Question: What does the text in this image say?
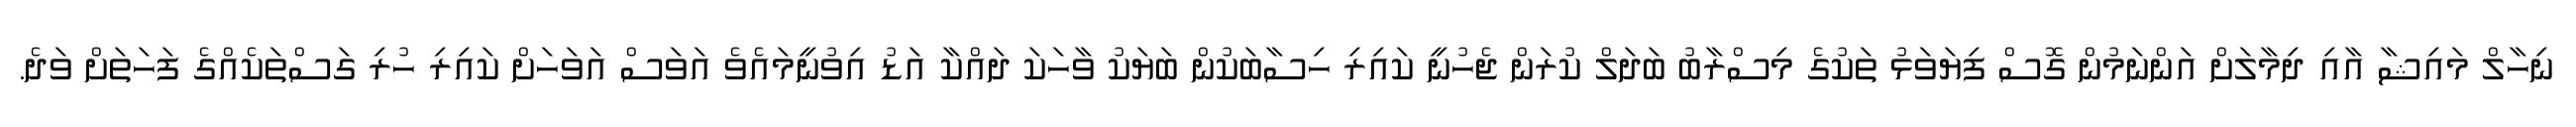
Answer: ނިހާލް މައިޝާ އާއި ދިމާލަށް އަންނަމުން ގޮސް ފިޔަވަޅު ތަކުގެ މިސްރާބު ބަދަލް ކުރަން ޖެހުނީ ކައިރި ހިސާބަކުން ބަޔަކު ވާހަކަ ދައްކާ އަޑު އިވުނީމައެވެ އަވަސް އަވަހަށް ކައިރި ހުރި ގަސްތަކެއްގެ ފަހަތަށް ވަދެ.